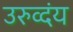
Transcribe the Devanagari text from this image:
उरुव्दंय